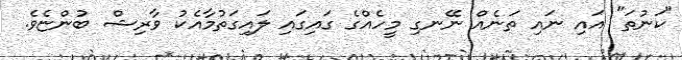
"ކަނުތަ" އައި ނައި ތަނެއް ނޭނގި މީހެއްގެ ގައިގައި ލައިގަތުމާއެކު ވާރިޝް ބުންޏެވެ.